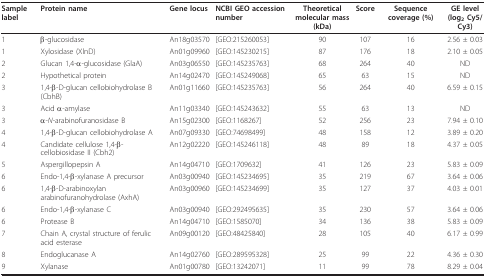
<table><thead><tr><td><b>Sample label</b></td><td><b>Protein name</b></td><td><b>Gene locus</b></td><td><b>NCBI GEO accession number</b></td><td><b>Theoreticalmolecular mass (kDa)</b></td><td><b>Score</b></td><td><b>Sequence coverage (%)</b></td><td><b>GE level(log<sub>2 </sub>Cy5/Cy3)</b></td></tr></thead><tbody><tr><td>1</td><td>β-glucosidase</td><td>An18g03570</td><td>[GEO:215260053]</td><td>90</td><td>107</td><td>16</td><td>2.56 ± 0.03</td></tr><tr><td>1</td><td>Xylosidase (XlnD)</td><td>An01g09960</td><td>[GEO:145230215]</td><td>87</td><td>176</td><td>18</td><td>2.10 ± 0.05</td></tr><tr><td>2</td><td>Glucan 1,4-α-glucosidase (GlaA)</td><td>An03g06550</td><td>[GEO:145235763]</td><td>68</td><td>264</td><td>40</td><td>ND</td></tr><tr><td>2</td><td>Hypothetical protein</td><td>An14g02470</td><td>[GEO:145249068]</td><td>65</td><td>63</td><td>15</td><td>ND</td></tr><tr><td>3</td><td>1,4-β-D-glucan cellobiohydrolase B (CbhB)</td><td>An01g11660</td><td>[GEO:145235763]</td><td>56</td><td>264</td><td>40</td><td>6.59 ± 0.15</td></tr><tr><td>3</td><td>Acid α-amylase</td><td>An11g03340</td><td>[GEO:145243632]</td><td>55</td><td>63</td><td>13</td><td>ND</td></tr><tr><td>3</td><td>α-<i>N</i>-arabinofuranosidase B</td><td>An15g02300</td><td>[GEO:1168267]</td><td>52</td><td>256</td><td>23</td><td>7.94 ± 0.10</td></tr><tr><td>4</td><td>1,4-β-D-glucan cellobiohydrolase A</td><td>An07g09330</td><td>[GEO:74698499]</td><td>48</td><td>158</td><td>12</td><td>3.89 ± 0.20</td></tr><tr><td>4</td><td>Candidate cellulose 1,4-β-cellobiosidase II (Cbh2)</td><td>An12g02220</td><td>[GEO:145246118]</td><td>48</td><td>89</td><td>18</td><td>4.37 ± 0.05</td></tr><tr><td>5</td><td>Aspergillopepsin A</td><td>An14g04710</td><td>[GEO:1709632]</td><td>41</td><td>126</td><td>23</td><td>5.83 ± 0.09</td></tr><tr><td>6</td><td>Endo-1,4-β-xylanase A precursor</td><td>An03g00940</td><td>[GEO:145234695]</td><td>35</td><td>219</td><td>67</td><td>3.64 ± 0.06</td></tr><tr><td>6</td><td>1,4-β-D-arabinoxylan arabinofuranohydrolase (AxhA)</td><td>An03g00960</td><td>[GEO:145234699]</td><td>35</td><td>127</td><td>37</td><td>4.03 ± 0.01</td></tr><tr><td>6</td><td>Endo-1,4-β-xylanase C</td><td>An03g00940</td><td>[GEO:292495635]</td><td>35</td><td>230</td><td>57</td><td>3.64 ± 0.06</td></tr><tr><td>6</td><td>Protease B</td><td>An14g04710</td><td>[GEO:1585070]</td><td>34</td><td>136</td><td>38</td><td>5.83 ± 0.09</td></tr><tr><td>7</td><td>Chain A, crystal structure of ferulic acid esterase</td><td>An09g00120</td><td>[GEO:48425840]</td><td>28</td><td>105</td><td>40</td><td>6.17 ± 0.99</td></tr><tr><td>8</td><td>Endoglucanase A</td><td>An14g02760</td><td>[GEO:289595328]</td><td>25</td><td>99</td><td>22</td><td>4.36 ± 0.30</td></tr><tr><td>9</td><td>Xylanase</td><td>An01g00780</td><td>[GEO:13242071]</td><td>11</td><td>99</td><td>78</td><td>8.29 ± 0.04</td></tr></tbody></table>